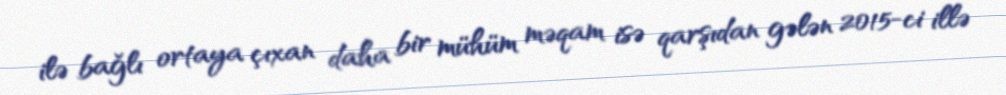
ilə bağlı ortaya çıxan daha bir mühüm məqam isə qarşıdan gələn 2015-ci illə